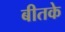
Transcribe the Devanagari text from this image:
बीतके